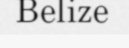
Belize